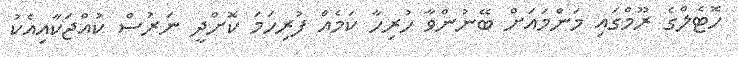
ހޮޓެލްގެ ރޫމްގައި މަންމައަށް ބޭނުންވާ ހުރިހާ ކަމެއް ފުރިހަމަ ކޮށްދީ ނަރުސް ކުއްޖަކާއިއެކު